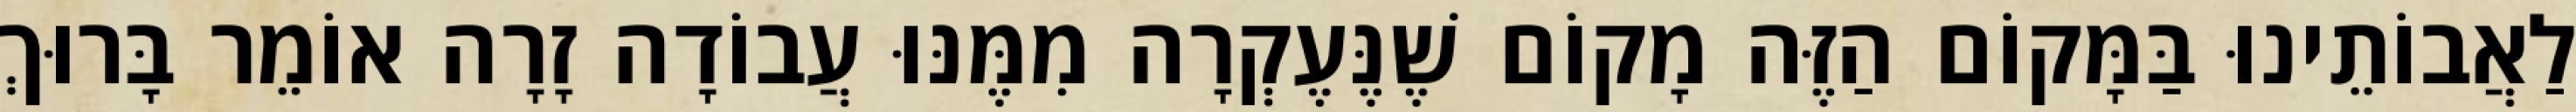
לַאֲבוֹתֵינוּ בַּמָּקוֹם הַזֶּה מָקוֹם שֶׁנֶּעֶקְרָה מִמֶּנּוּ עֲבוֹדָה זָרָה אוֹמֵר בָּרוּךְ